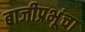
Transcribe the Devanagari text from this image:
बाजीप्रभूंचा